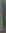
)